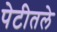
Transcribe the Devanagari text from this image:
पेटीतले